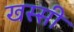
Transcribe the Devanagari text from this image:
खस्सी